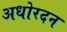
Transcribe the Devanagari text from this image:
अधोरदन